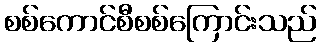
စစ်ကောင်စီစစ်ကြောင်းသည်